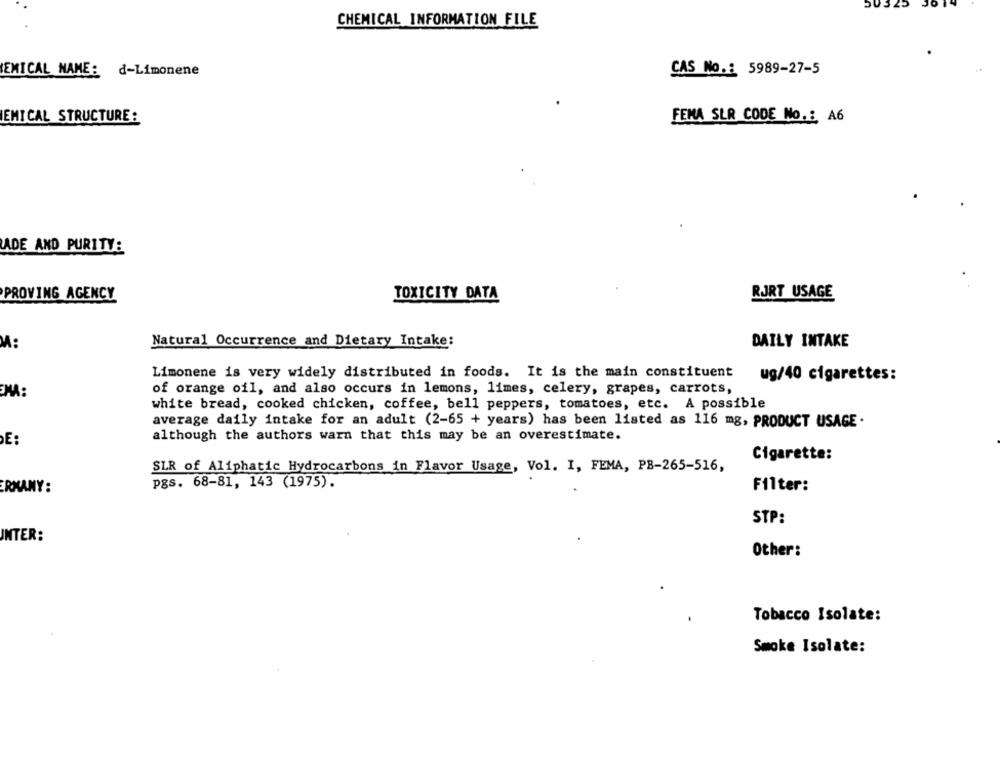
CHEMICAL INFORMATION FILE
EMICAL NAME: d-Limonene
CAS No .: 5989-27-5
EMICAL STRUCTURE :
FEMA SLR CODE No .: A6
ADE AND PURITY:
PROVING AGENCY
TOXICITY DATA
RJRT USAGE
M:
Natural Occurrence and Dietary Intake:
DAILY INTAKE
Limonene is very widely distributed in foods. It is the main constituent ug/40 cigarettes:
MA:
of orange oil, and also occurs in lemons, limes, celery, grapes, carrots,
white bread, cooked chicken, coffee, bell peppers, tomatoes, etc. A possible
average daily intake for an adult (2-65 + years) has been listed as 116 mg, PRODUCT USAGE .
although the authors warn that this may be an overestimate.
DE:
Cigarette:
SLR of Aliphatic Hydrocarbons in Flavor Usage, Vol. I, FEMA, PB-265-516,
pgs. 68-81, 143 (1975).
ERMANY:
Filter:
STP:
INTER:
Other:
Tobacco Isolate:
Smoke Isolate: